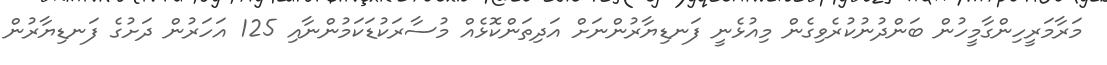
މަރާމަރީހިންގާމީހުން ބަންދުނުކުރެވިގެން މިއުޅެނީ ފަނޑިޔާރުންނަށް އަދިތަންކޮޅެއް މުސާރަކުޑަކަމުންނާއި 125 އަހަރުން ދަށުގެ ފަނޑިޔާރުން